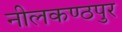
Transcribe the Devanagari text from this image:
नीलकण्ठपुर